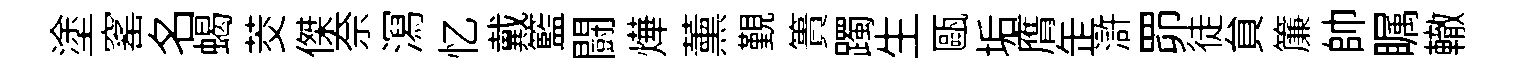
塗窰名蝎茭傑奈㵼忆戴籃闘燁薰覲簣躅生甌垢膺𦈢滸𦊑徒貟簾帥瞩轍